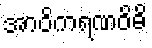
အာဝိကရဏဝိဓိ